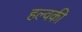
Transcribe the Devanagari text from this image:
हल्वकी